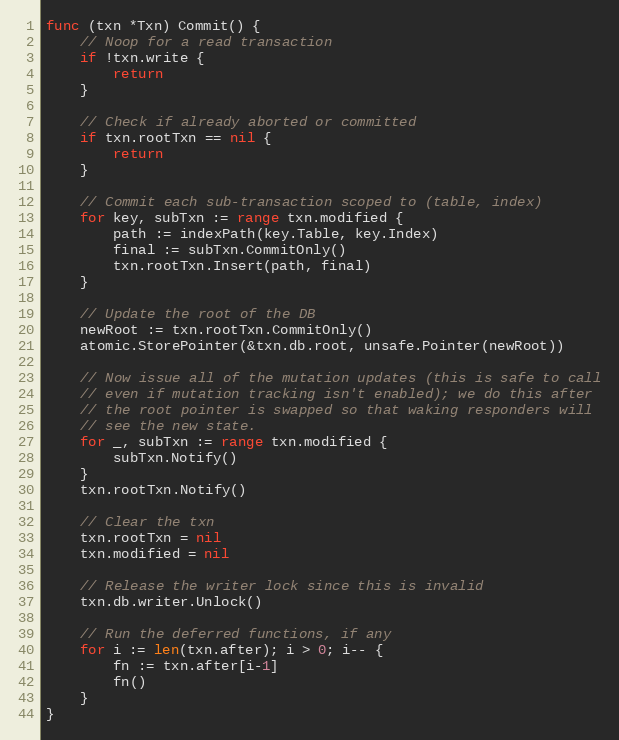
Language: Go
func (txn *Txn) Commit() {
	// Noop for a read transaction
	if !txn.write {
		return
	}

	// Check if already aborted or committed
	if txn.rootTxn == nil {
		return
	}

	// Commit each sub-transaction scoped to (table, index)
	for key, subTxn := range txn.modified {
		path := indexPath(key.Table, key.Index)
		final := subTxn.CommitOnly()
		txn.rootTxn.Insert(path, final)
	}

	// Update the root of the DB
	newRoot := txn.rootTxn.CommitOnly()
	atomic.StorePointer(&txn.db.root, unsafe.Pointer(newRoot))

	// Now issue all of the mutation updates (this is safe to call
	// even if mutation tracking isn't enabled); we do this after
	// the root pointer is swapped so that waking responders will
	// see the new state.
	for _, subTxn := range txn.modified {
		subTxn.Notify()
	}
	txn.rootTxn.Notify()

	// Clear the txn
	txn.rootTxn = nil
	txn.modified = nil

	// Release the writer lock since this is invalid
	txn.db.writer.Unlock()

	// Run the deferred functions, if any
	for i := len(txn.after); i > 0; i-- {
		fn := txn.after[i-1]
		fn()
	}
}